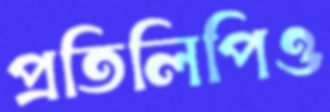
প্রতিলিপিও